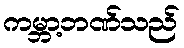
ကမ္ဘာ့ဘဏ်သည်